Report on sanitation, dispensaries, and jails in Rajputana for 1914, and on vaccination for the year 1914-1915 - 1914-1915
Year: 1914
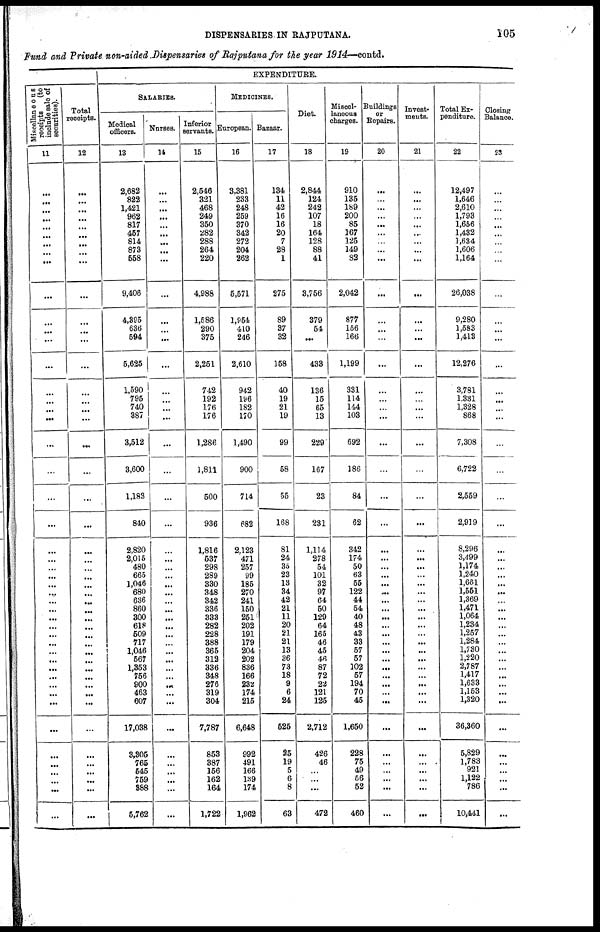
DISPENSARIES IN RAJPUTANA.
105
Fund and Private non-aided Dispensaries of Rajputana for the year 1914—contd.
Miscollaneous
receipts
(to
include role of
securities).
11
...
...
...
...
...
...
...
...
...
...
...
...
...
...
...
...
...
...
...
...
...
...
...
...
...
...
...
...
...
...
...
...
...
...
...
...
...
...
...
...
...
...
...
...
...
...
...
...
Total
receipts.
12
...
...
...
...
...
...
...
...
...
...
...
...
...
...
...
...
...
...
...
...
...
...
...
...
...
...
...
...
...
...
...
...
...
...
...
...
...
...
...
...
...
...
...
...
...
...
...
...
EXPENDITURE.
SALARIES.
Medical
offioers.
13
2,682
822
1,421
962
817
457
814
878
558
9,408
4,395
636
594
5,625
1,590
795
740
387
3,512
3,600
1,183
840
2,820
2,015
480
665
1,046
680
636
860
300
618
509
717
1,046
567
1,353
756
900
463
607
17,038
3,305
765
545
759
888
5,762
Nurses.
14
...
...
...
...
...
...
...
...
...
...
...
...
...
...
...
...
...
...
...
...
...
...
...
...
...
...
...
...
...
...
...
...
...
...
...
...
...
...
...
...
...
...
...
...
...
...
...
...
Inferior
servants.
15
2,546
321
468
249
350
282
288
264
220
4,988
1,586
290
375
2,251
742
192
176
176
1,286
1,811
500
936
1,816
537
298
289
330
348
342
336
333
282
228
388
365
312
336
348
276
319
304
7,787
863
387
156
162
164
1,722
MEDICINES.
European.
16
3,381
233
248
259
370
342
272
204
262
5,571
1,964
410
246
2,610
942
l96
182
170
1,490
900
714
682
2,123
471
257
99
186
270
241
160
261
202
191
179
204
202
836
166
232
174
216
6,648
992
491
166
139
174
1,962
Bazaar.
17
134
11
42
16
16
20
7
28
1
275
89
37
32
168
40
19
21
19
99
58
55
168
81
24
35
23
13
34
42
21
11
20
21 21
13
36
73
18
9
6
24
626
85
19
5
6
8
63
Diet
18
2,844
124
242
107
18
164
128
88
41
3,766
379
54
...
433
136
15
65
13
229
167
23
231
1,114
278
54
101
32
97
64
60
129
64
165
46
45
46
87
72
22
121
125
2,712
426
46
...
...
...
472
Miscel-
laneous
charges.
19
910
135
189
200
85
167
125
149
32
2,042
877
156
166
1,199
331
114
144
103
692
186
84
62
342
174
50
63
66
122
44
64
40
48
43
33
67
67
102
67
194
70
46
1,650
228
76
49
66
52
460
Buildings
or
Repairs.
20
...
...
...
...
...
...
...
...
...
...
...
...
...
...
...
...
...
...
...
...
...
...
...
...
...
...
...
...
...
...
...
...
...
...
...
...
...
...
...
...
...
...
...
...
...
...
...
...
Invest¬
ments.
21
...
...
...
...
...
...
...
...
...
...
...
...
...
...
...
...
. ..
...
...
...
...
...
...
...
...
...
...
...
...
...
...
...
...
...
...
...
...
...
...
...
...
...
...
...
...
...
...
...
Total Ex¬
penditure.
22
12,497
1,646
2,610
1,793
1,656
1,432
1,634
1,606
1,164
26,038
9,280
1,583
1,413
12,276
3,781
1.331
1,328
868
7,308
6,722
2,569
2.919
8,296
3,499
1,174
1,240
1,661
1,551
1,369
1,471
1,064
1,234
1,257
1.284
1,780
1,220
2,787
1,417
1,633
1,153
1,320
36,360
6,829
1,783
921
1,122
786
10,441
Closing
Balance.
23
...
...
...
...
...
...
...
...
...
...
...
...
...
...
...
...
...
...
...
...
...
...
...
...
...
...
...
...
...
...
...
...
...
...
...
...
...
...
...
...
...
...
...
...
...
...
...
...